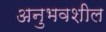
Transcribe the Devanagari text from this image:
अनुभवशील